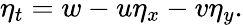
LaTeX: \eta_{t}=w-u\eta_{x}-v\eta_{y}.